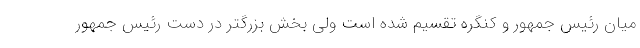
میان رئیس جمهور و کنگره تقسیم شده است ولی بخش بزرگتر در دست رئیس جمهور